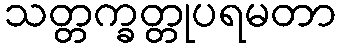
သတ္တက္ခတ္တုပရမတာ